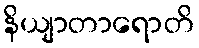
နိယျာတာရောတိ